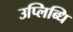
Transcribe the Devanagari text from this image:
उप्लिब्धि